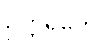
ဥတ္တရိကေ